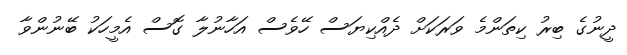
ދީނުގެ ބިރު ކިތަންމެ ވަރަކަށް ދެއްކިޔަސް ހޭވެސް އަހާނުލާ ގޮސް އެމީހަކު ބޭނުންވާ